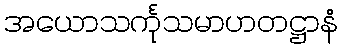
အယောသင်္ကုသမာဟတဋ္ဌာနံ